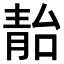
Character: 𩇚